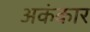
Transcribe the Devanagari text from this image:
अकंकार